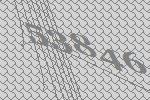
53846